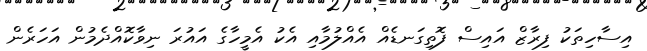
އިސާހިތަކު ފިރާޒް އައިސް ފޮތިގަނޑެއް އެއްލުމާއި އެކު އެމީހާގެ އައުރަ ނިވާކޮއްދެމުން އަހަރެން